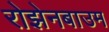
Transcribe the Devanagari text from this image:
रोझेनबाउम